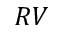
R V